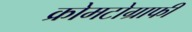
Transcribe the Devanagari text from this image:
क्रोमटोग्राफी